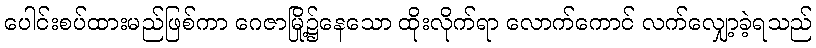
ပေါင်းစပ်ထားမည်ဖြစ်ကာ ဂေဇာမြို့၌နေသော ထိုးလိုက်ရာ လောက်ကောင် လက်လျှော့ခဲ့ရသည်